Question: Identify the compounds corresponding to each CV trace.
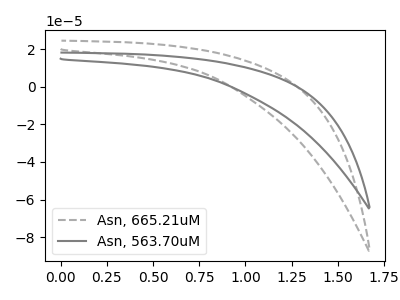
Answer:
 <answer>The gray dashed curve is labeled "Asn, 665.21uM". The gray curve is labeled "Asn, 563.70uM".</answer>
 <eval></eval>